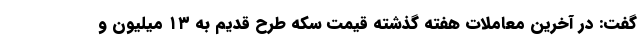
گفت: در آخرین معاملات هفته گذشته قیمت سکه طرح قدیم به ۱۳ میلیون و